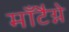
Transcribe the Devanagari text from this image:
माँटैग्ने